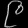
Digit: ၉